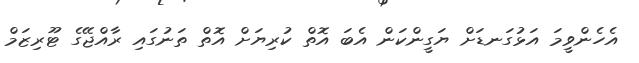
އެހެންވީމަ އަޅުގަނޑަށް ޔަގީންކަން އެބަ އޮތް ކުރިޔަށް އޮތް ތަނުގައި ރާއްޖޭގެ ޓޫރިޒަމް